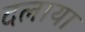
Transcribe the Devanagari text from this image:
दलाया